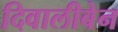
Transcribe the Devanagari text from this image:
दिवालीबेन